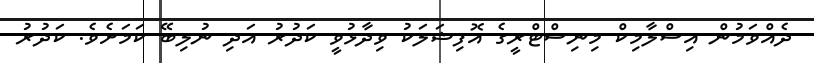
ދެއްވަމުން އިސްލާމިކް މިނިސްޓްރީގެ އޮފިޝަލަކު ވިދާޅުވީ ކަދުރު އަދި ނުލިބޭ ކަމަށެވެ. ކަދުރު